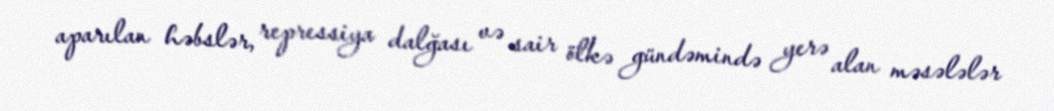
aparılan həbslər, repressiya dalğası və sair ölkə gündəmində yerə alan məsələlər